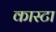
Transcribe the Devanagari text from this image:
कास्टा